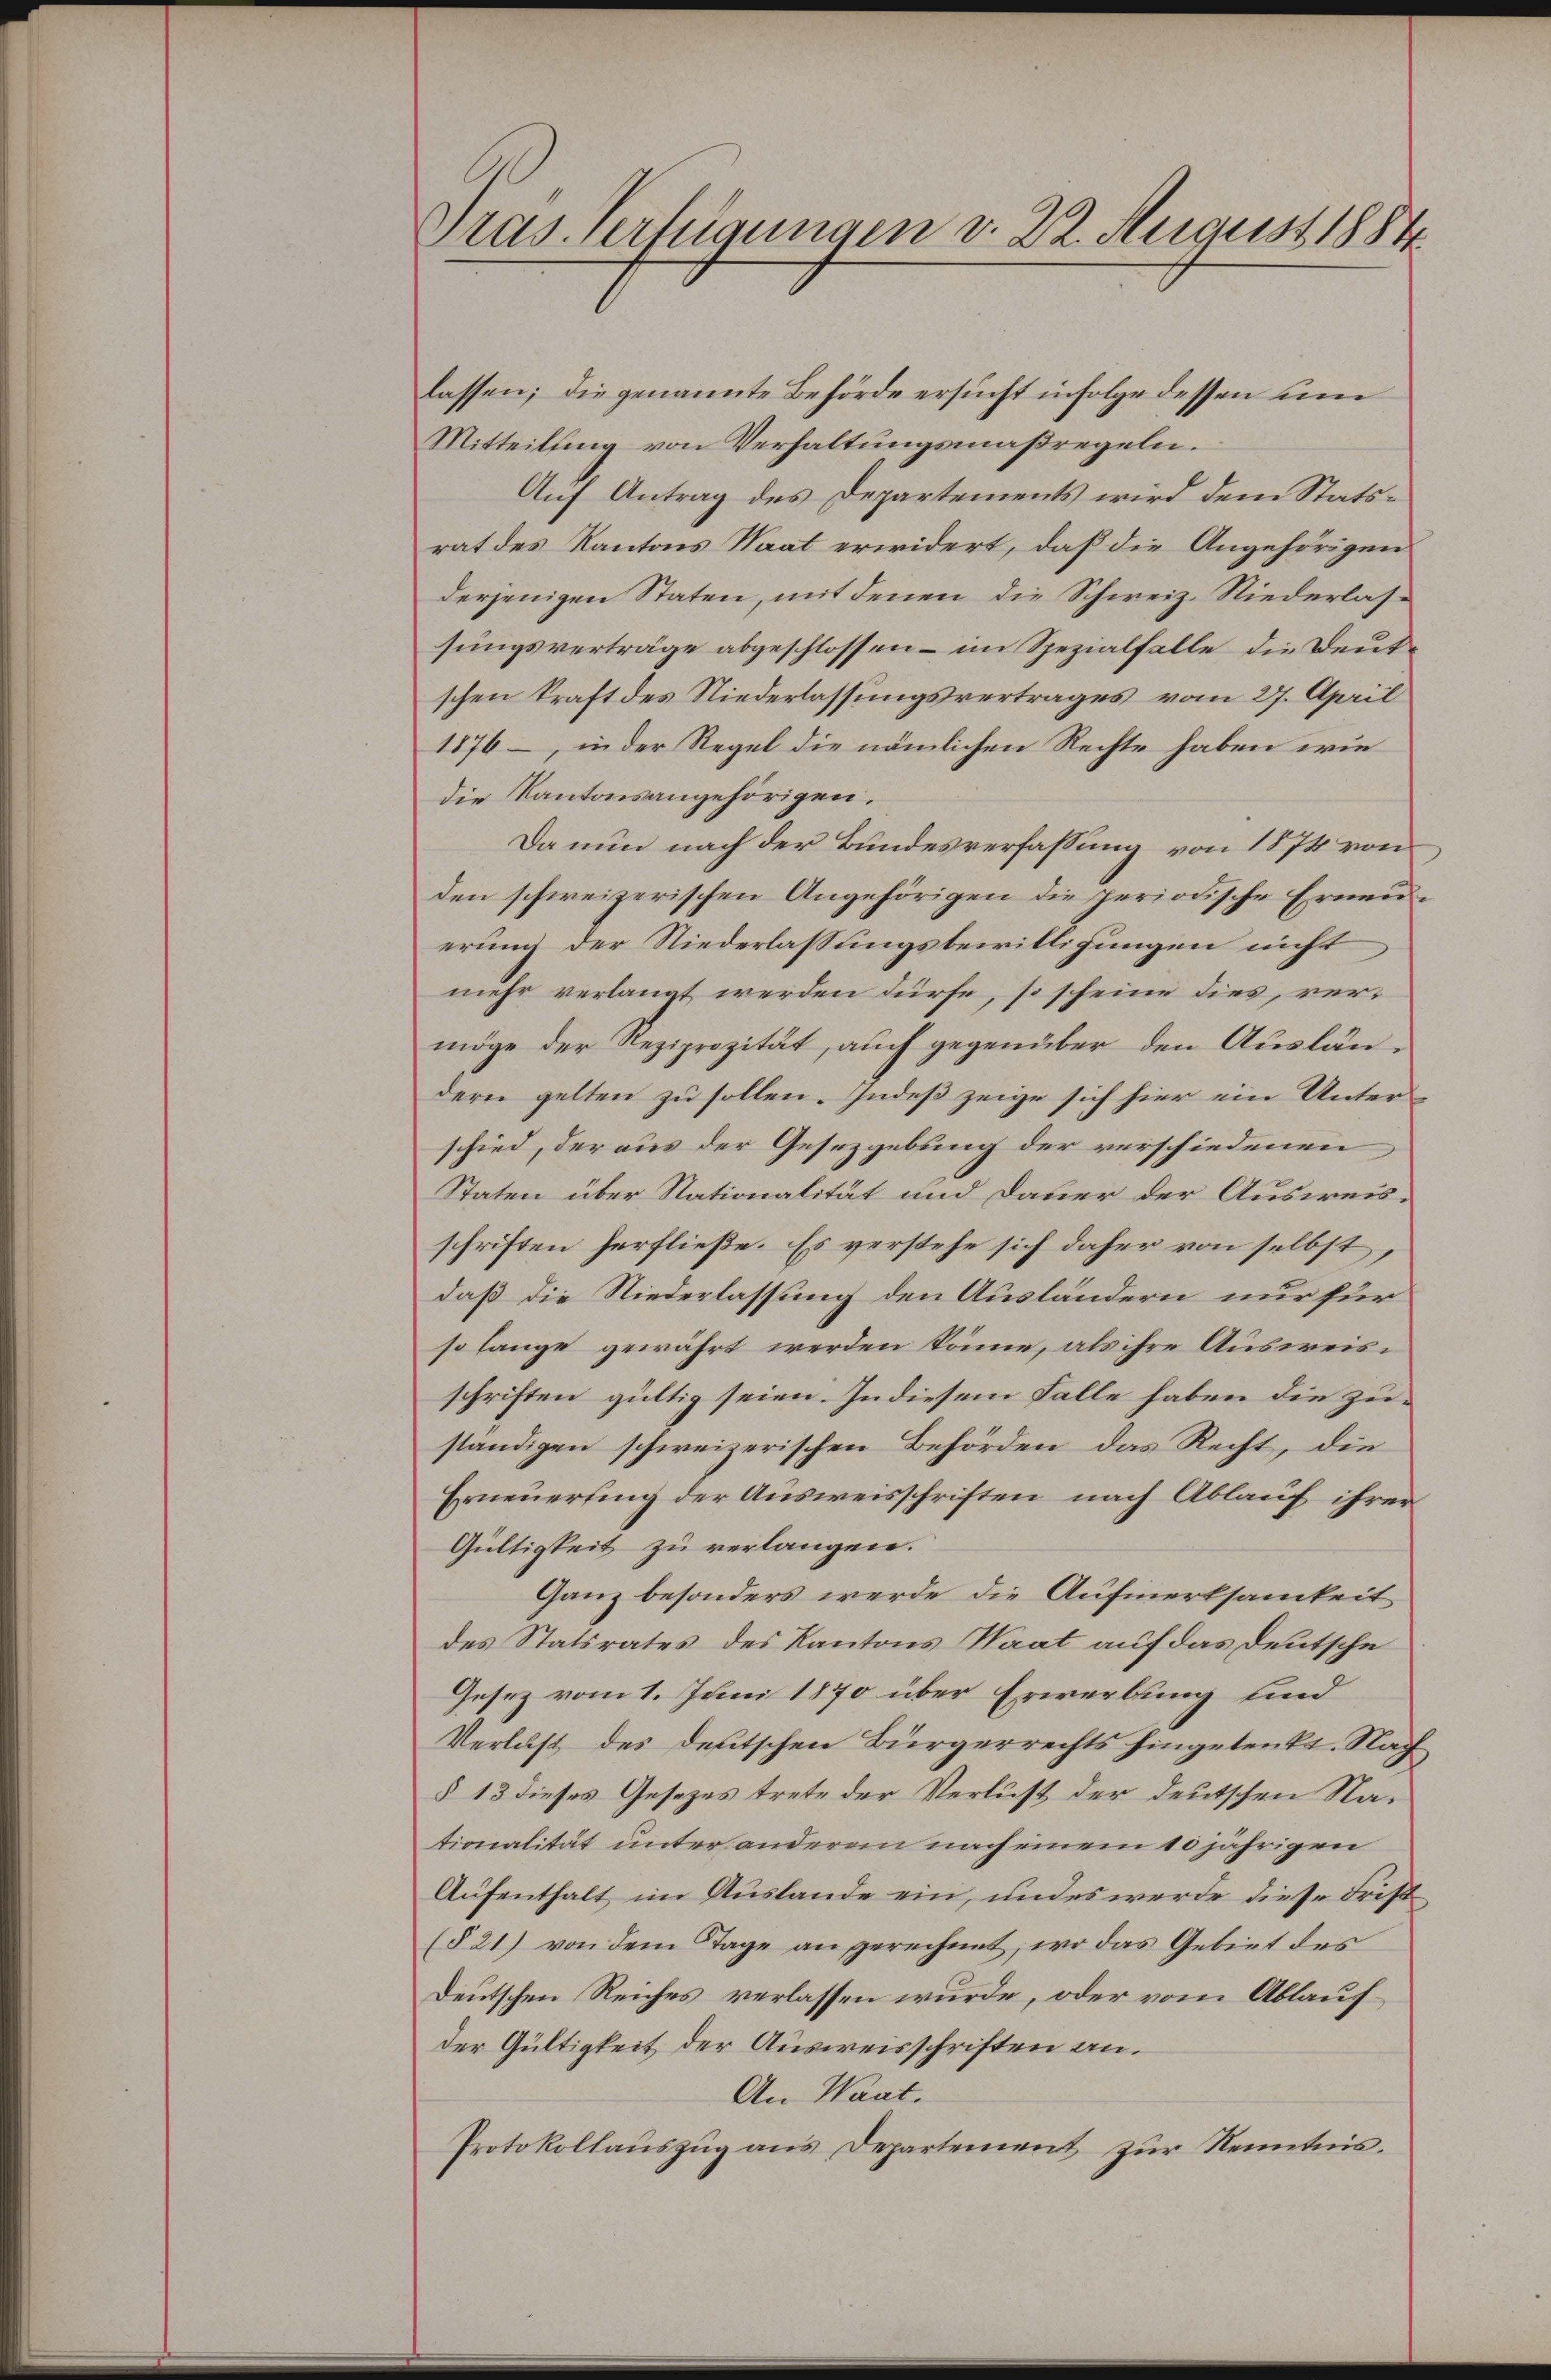
Pras. Verfügungen v. 22. August 1884

lassen; die genannte Behörde ersucht infolge dessen um
Mitteilung von Verhaltungsmaßregeln.
Auf Antrag des Departements wird dem Statsrat des Kantons Staat erwidert, daß die Angehörigen
derjenigen Staten, mit denen die Schweiz. Niederlassungsverträge abgeschlossen – im Spezialfalle die Deutschen kraft des Niederlassungsvertrages vom 27. April
1876, in der Regel die nämlichen Rechte haben wie
die Kantonsangehörigen.
Da nun nach der Bundesverfassung von 1874 von
den schweizerischen Angehörigen die periodische Erneuerung der Niederlassungsbewilligungen nicht
mehr verlangt werden dürfe, so scheine dies, vermöge der Reziprozität, auch gegenüber den Ausländern gelten zu sollen. Indeß zeige sich hier ein Unterschied, der aus der Gesezgebung der verschiedenen
Staten über Stationalität und Dauer der Ausweisschriften herfließe. Es verstehe sich daher von selbst
daß die Niederlassung den Ausländern nur für
so lange gewährt werden könne, als ihre Ausweisschriften gültig seien. In diesem Falle haben die zuständigen schweizerischen Behörden das Recht, die
Erneuerling der Ausweisschriften nach Ablauf ihrer
Gültigkeit zu verlangen.
Ganz besonders werde die Aufmerksamkeit
des Statsrates des Kantons Saat auf das Deutsche
Gesez vom 1. Juni 1870 über Erwerbung und
Verlust des Deutschen Bürgerrechts hingelenkt. Nach
§ 13 dieses Gesetzes trete der Verlust der deutschen Nationalität unter anderem nach einem 10 jährigen
Aufenthalt im Auslande ein, und es werde diese Frist
(§ 21) von dem Tage an gerechnet, wo das Gebiet des
Deutschen Reiches verlassen wurde, oder vom Ablauf
der Gültigkeit der Ausweisschriften an.
An Waat.
Protokollaŭszŭg ans Departement zŭr Kenntnis.